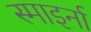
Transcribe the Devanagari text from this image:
स्माइर्ना